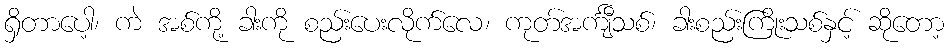
ရှိတာပေါ့၊ ကဲ အစ်ကို့ ခါးကို စည်းပေးလိုက်လေ၊ ကုတ်အင်္ကျီသစ်၊ ခါးစည်းကြိုးသစ်နှင့် ဆိုတော့